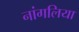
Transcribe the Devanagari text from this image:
नांगलिया